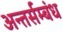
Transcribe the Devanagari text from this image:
अन्तर्सम्बंध